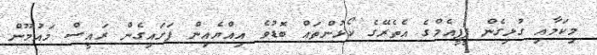
މިކަމާއި ގުޅިގެން ޕީޕީއެމްގެ އެތެރޭގެ ކޯޅުންތައް ބޮޑުވެ އިއްޔެއިން ފަށައިގެން ރައީސް މައުމޫން